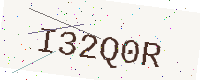
Text: I32Q0R